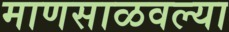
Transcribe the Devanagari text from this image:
माणसाळवल्या